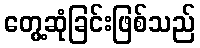
တွေ့ဆုံခြင်းဖြစ်သည်